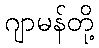
ဂျာမန်တို့